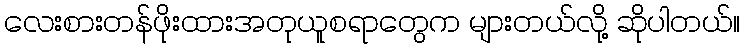
လေးစားတန်ဖိုးထားအတုယူစရာတွေက များတယ်လို့ ဆိုပါတယ်။